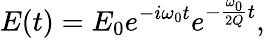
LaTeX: E(t)=E_{0}e^{-i\omega_{0}t}e^{-\frac{\omega_{0}}{2Q}t},